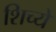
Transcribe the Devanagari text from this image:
शिच्ये